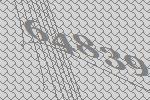
64839